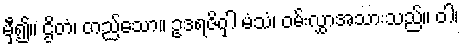
မှီ၍။ ဌိတံ၊ တည်သော။ ဥဒရဇိဝှါ မံသံ၊ ဝမ်းလွှာအသားသည်။ ဝါ၊